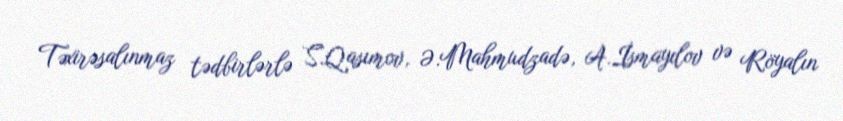
Təxirəsalınmaz tədbirlərlə S.Qasımov, Ə.Mahmudzadə, A.İsmayılov və Röyalın